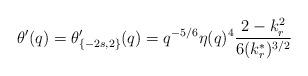
LaTeX: \begin{align*}\theta'(q)=\theta_{\{-2s,2\}}'(q)=q^{-5/6}\eta(q)^4\frac{2-k_r^2}{6(k^{*}_r)^{3/2}}\end{align*}